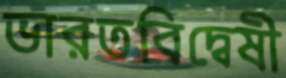
ভারতবিদ্বেষী